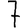
Digit: 7